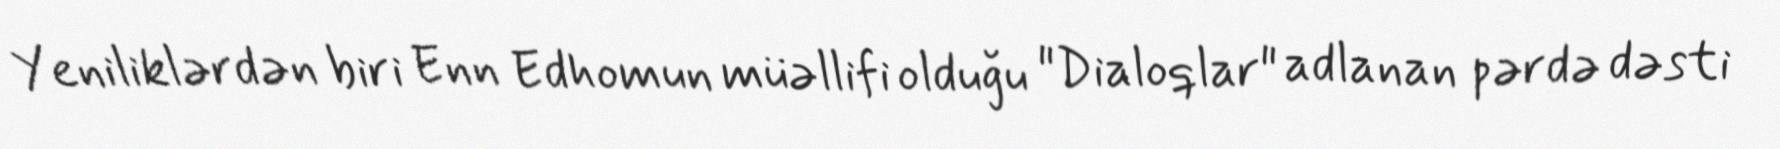
Yeniliklərdən biri Enn Edhomun müəllifi olduğu "Dialoqlar" adlanan pərdə dəsti